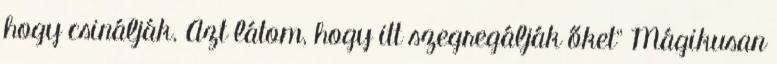
hogy csinálják. Azt látom, hogy itt szegregálják őket" Mágikusan